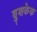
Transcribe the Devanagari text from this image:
बुशकेक